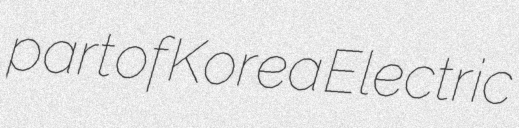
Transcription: part of Korea Electric